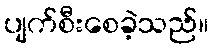
ပျက်စီးစေခဲ့သည်။